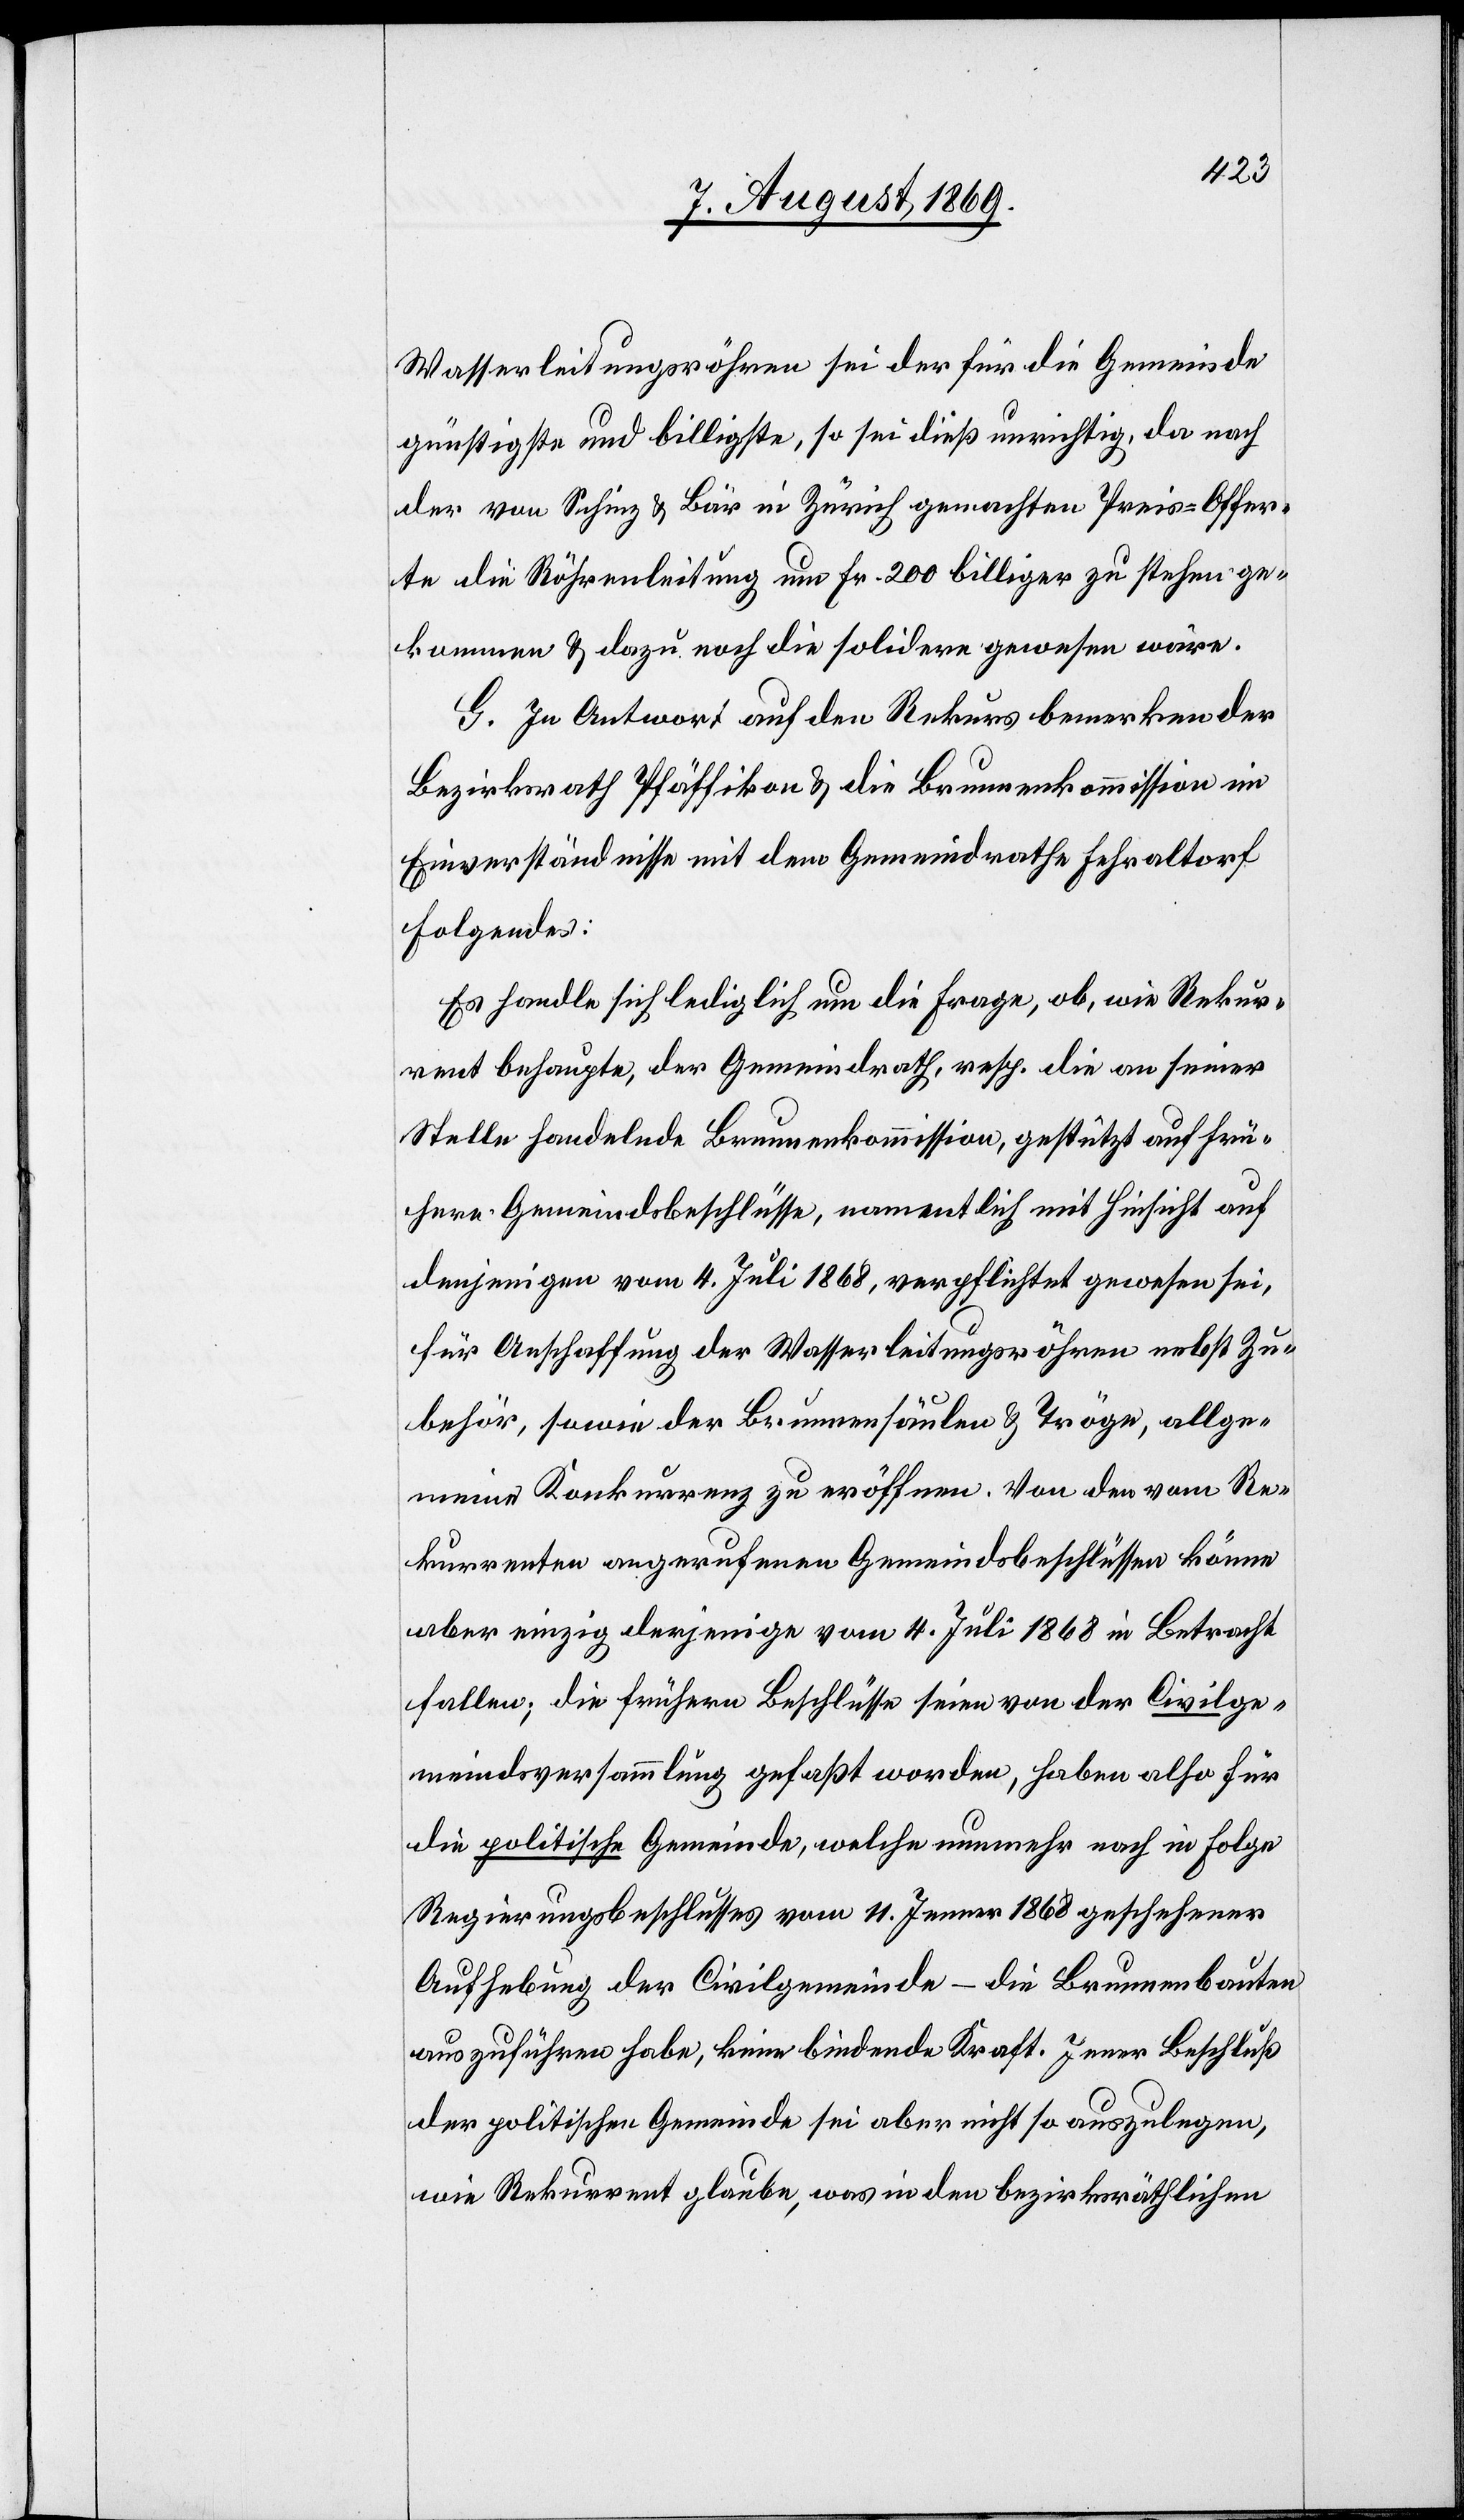
Wasserleitungsröhren sei der für die Gemeinde
günstigste und billigste, so sei dieß unrichtig, da nach
der von Schinz & Bär in Zürich gemachten Preis-Offer¬
te die Röhrenleitung um Fr. 200 billiger zu stehen ge¬
kommen & dazu noch die solidere gewesen wäre.
G. In Antwort auf den Rekurs bemerken der
Bezirksrath Pfäffikon & die Brunnenkommission in
Einverständnisse mit dem Gemeindrath Fehraltorf
Folgendes:
Es handle sich lediglich um die Frage, ob, wie Rekur¬
rent behaupte, der Gemeindrath, resp. die an seiner
Stelle handelnde Brunnenkommission, gestützt auf frü¬
here Gemeindsbeschlüsse, namentlich mit Hinsicht auf
denjenigen vom 4. Juli 1868, verpflichtet gewesen sei,
für Anschaffung der Wasserleitungsröhren nebst Zu¬
behör, sowie der Brunnensäulen & Tröge, allge¬
meine Konkurrenz zu eröffnen. Von den vom Re¬
kurrenten angerufenen Gemeindsbeschlüssen könne
aber einzig derjenige vom 4. Juli 1868 in Betracht
fallen; die frühern Beschlüsse seien von der Civilge¬
meindsversammlung gefaßt worden, haben also für
die politische Gemeinde, welche nunmehr nach in Folge
Regierungsbeschlusses vom 11. Jenner 1868 geschehener
Aufhebung der Civilgemeinde – die Brunnenbauten
auszuführen habe, keine bindende Kraft. Jener Beschluß
der politischen Gemeinde sei aber nicht so auszulegen,
wie Rekurrent glaube, was in den bezirksräthlichen